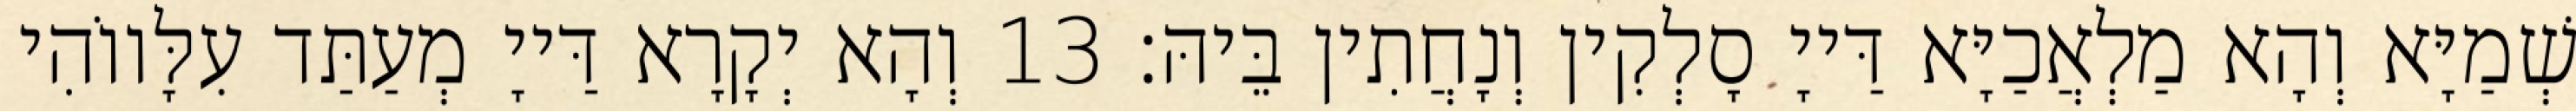
שְׁמַיָּא וְהָא מַלְאֲכַיָּא דַּייָ סָלְקִין וְנָחֲתִין בֵּיהּ׃ 13 וְהָא יְקָרָא דַּייָ מְעַתַּד עִלָּווֹהִי